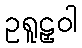
ဥရူဠှဝါ